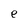
Character: e